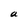
Character: a